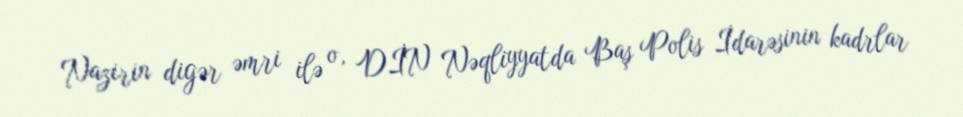
Nazirin digər əmri ilə o, DİN Nəqliyyatda Baş Polis İdarəsinin kadrlar